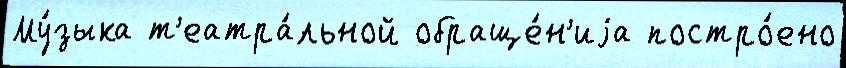
Му́зыка т'еатра́льной обраще́н'иjа постро́ено